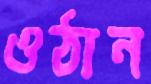
ওঠান